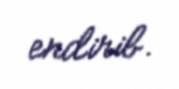
endirib.